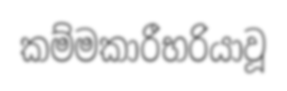
කම්මකාරීභරියාවූ